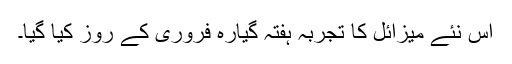
اس نئے میزائل کا تجربہ ہفتہ گیارہ فروری کے روز کیا گیا۔